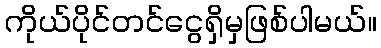
ကိုယ်ပိုင်တင်ငွေရှိမှဖြစ်ပါမယ်။